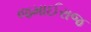
જમાઈરાજ